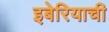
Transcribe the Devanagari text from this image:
इबेरियाची